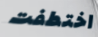
اختطفت